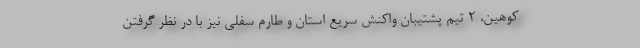
کوهین، ۲ تیم پشتیبان واکنش سریع استان و طارم سفلی نیز با در نظر گرفتن